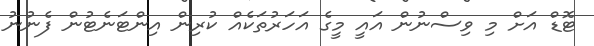
ޓޮޑް އަށް މި ވިސްނުން އައީ މީގެ އަހަރުތަކެއް ކުރިން އިންޓަނެޓުން ފެނުނު